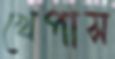
খেপাস